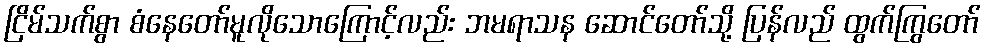
ငြိမ်သက်စွာ စံနေတော်မူလိုသောကြောင့်လည်း ဘမရာသန ဆောင်တော်သို့ ပြန်လည် ထွက်ကြွတော်